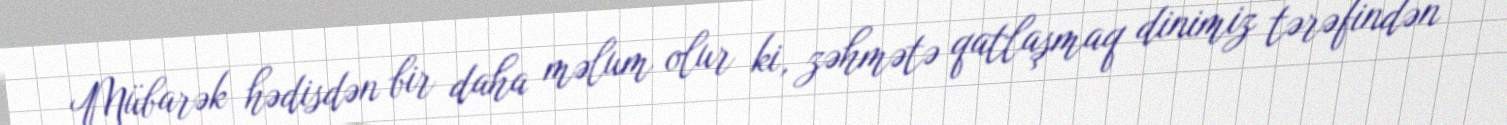
Mübarək hədisdən bir daha məlum olur ki, zəhmətə qatlaşmaq dinimiz tərəfindən